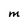
Character: M